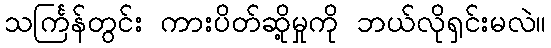
သင်္ကြန်တွင်း ကားပိတ်ဆို့မှုကို ဘယ်လိုရှင်းမလဲ။